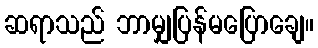
ဆရာသည် ဘာမျှပြန်မပြောချေ။